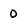
Character: 0